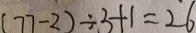
( 7 7 - 2 ) \div 3 + 1 = 2 6